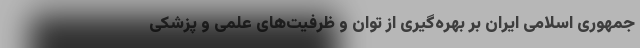
جمهوری اسلامی ایران بر بهره‌گیری از توان و ظرفیت‌های علمی و پزشکی